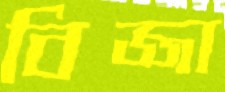
বিজ্জা